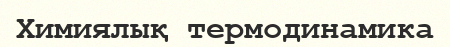
Химиялық термодинамика